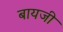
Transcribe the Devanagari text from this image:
बायजी